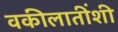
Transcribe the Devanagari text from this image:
वकीलातींशी